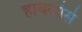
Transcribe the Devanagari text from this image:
हाबलोसे